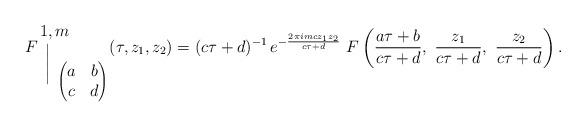
LaTeX: \begin{align*}F {{1,m \!\!\!\!\!} \atop \bigg{|}}_{\left( \begin{matrix}a & b \\c & d \\\end{matrix}\right)} (\tau, z_1, z_2) = (c \tau + d)^{-1} \, e^{- \frac{2\pi i mc z_1 z_2}{c \tau + d}} \ F \left( \frac{a \tau + b }{c \tau + d}, \ \frac{z_1}{c \tau + d}, \ \frac{z_2}{c \tau + d}\right).\end{align*}